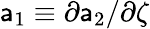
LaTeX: {\sf a}_{1}\equiv\partial{\sf a}_{2}/\partial\zeta